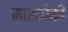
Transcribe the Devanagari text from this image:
माशांपैकी